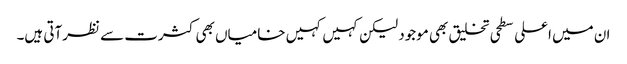
ان میں اعلی سطحی تخلیق بھی موجود لیکن کہیں کہیں خامیاں بھی کثرت سے نظرآتی ہیں۔